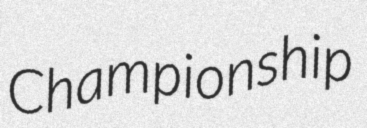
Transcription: Championship